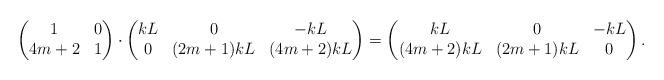
LaTeX: \begin{align*}\begin{pmatrix}1&0\\4m+2&1\end{pmatrix}\cdot\begin{pmatrix}kL&0&-kL\\0&(2m+1)kL&(4m+2)kL\end{pmatrix}=\begin{pmatrix}kL&0&-kL\\(4m+2)kL&(2m+1)kL&0\end{pmatrix}.\end{align*}